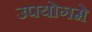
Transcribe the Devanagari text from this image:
उपयोगमे